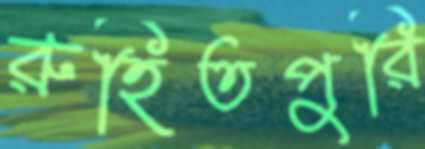
রুহিতপুরি